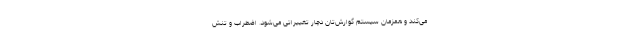
می‌کند و همزمان سیستم گوارش‌تان دچار تغییراتی می‌شود. اضطراب و تنش